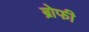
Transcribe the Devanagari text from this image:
ब्रोफी